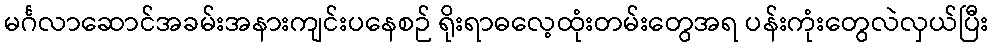
မင်္ဂလာဆောင်အခမ်းအနားကျင်းပနေစဉ် ရိုးရာဓလေ့ထုံးတမ်းတွေအရ ပန်းကုံးတွေလဲလှယ်ပြီး